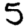
Digit: 5